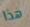
هذا